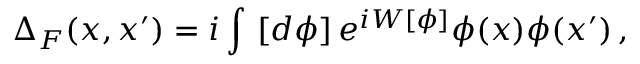
\Delta _ { F } ( x , x ^ { \prime } ) = i \int \, \left[ d \phi \right] e ^ { i W [ \phi ] } \phi ( x ) \phi ( x ^ { \prime } ) \, ,